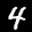
Label: 4